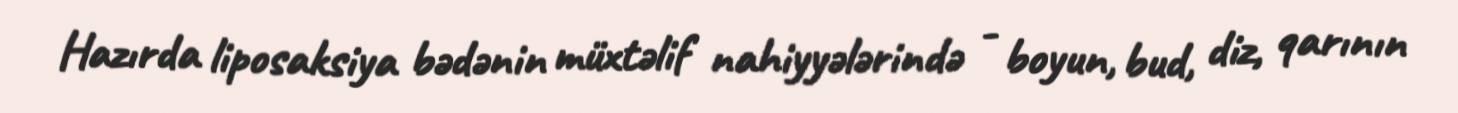
Hazırda liposaksiya bədənin müxtəlif nahiyyələrində - boyun, bud, diz, qarının